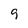
Character: 9